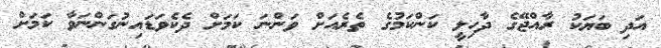
އަދި ބަޔަކު ރާއްޖޭގެ ދާހިލީ ކަންކަމުގެ ތެރެއަށް ވަންނަ ކަމަށް ދެކެވަޑައިނުގަންނަވާ ކަމަށް